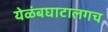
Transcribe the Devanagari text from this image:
येळंबघाटालगच